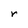
Character: r